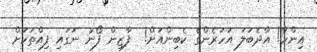
އިންހާ! އާދެބަލަ އަހަރެންގެ ކެބިންއަށް!  ފާޒިން ފޯނު ނަގައި ފިއްތަކަށް